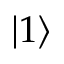
\lvert 1 \rangle